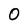
Character: O